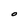
Character: O